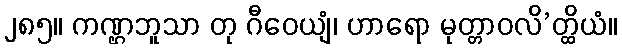
၂၈၅။ ကဏ္ဌဘူသာ တု ဂီဝေယျံ၊ ဟာရော မုတ္တာဝလိ’တ္ထိယံ။